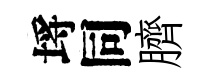
埓同臍